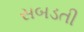
સબડતી